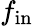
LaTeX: f_{\mathrm{in}}